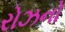
રોઝનો